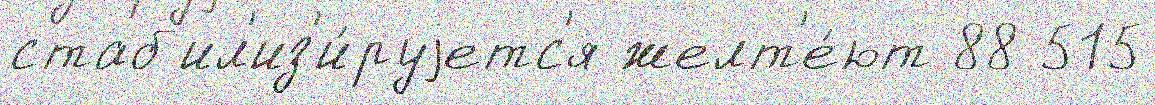
стаб'ил'из'и́руjетс'я желт'е́ют 88 515